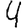
Digit: 4